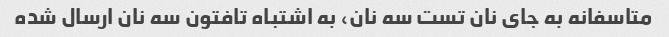
متاسفانه به جای نان تست سه نان، به اشتباه تافتون سه نان ارسال شده